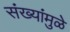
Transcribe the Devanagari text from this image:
संख्यांमुळे